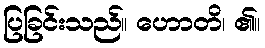
ပြခြင်းသည်။ ဟောတိ၊ ၏။